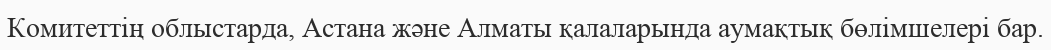
Комитеттің облыстарда, Астана және Алматы қалаларында аумақтық бөлімшелері бар.